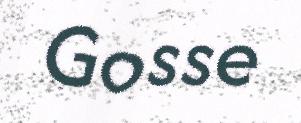
Gosse